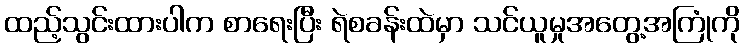
ထည့်သွင်းထားပါက စာရေးပြီး ရဲစခန်းထဲမှာ သင်ယူမှုအတွေ့အကြုံကို